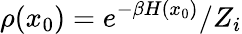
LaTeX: \rho(x_{0})=e^{-\beta H(x_{0})}/Z_{i}